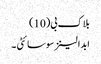
بلاک بی(10)
ابدالینز سوسائٹی ۔